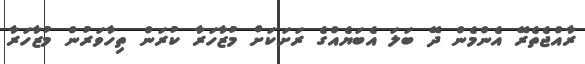
ރާއްޖެތެރޭ އެންމެން ދޭ ބަލަ އެބަޔެއްގެ ރަށަކަށް މުޒާހަރާ ކުރަން ތިހާވަރުން މުޒާހަރާ